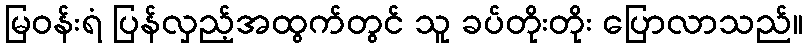
မြဝန်းရံ ပြန်လှည့်အထွက်တွင် သူ ခပ်တိုးတိုး ပြောလာသည်။